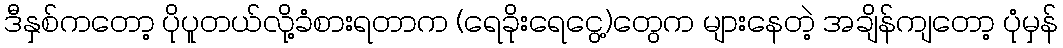
ဒီနှစ်ကတော့ ပိုပူတယ်လို့ခံစားရတာက (ရေခိုးရေငွေ့)တွေက များနေတဲ့ အချိန်ကျတော့ ပုံမှန်